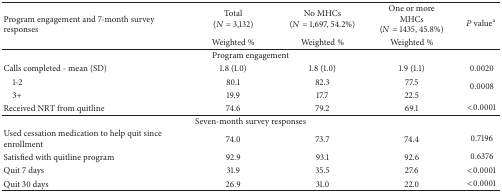
<table><thead><tr><td rowspan="2"><b>Program engagement and 7-month survey responses</b></td><td><b>Total(<i>N</i> = 3,132)</b></td><td><b>No MHCs(<i>N</i> = 1,697, 54.2%)</b></td><td><b>One or more MHCs(<i>N</i> = 1435, 45.8%)</b></td><td rowspan="2"><b><i>P</i> value<sup>a</sup></b></td></tr><tr><td><b>Weighted %</b></td><td><b>Weighted %</b></td><td><b>Weighted %</b></td></tr></thead><tbody><tr><td colspan="5">Program engagement</td></tr><tr><td>Calls completed - mean (SD)</td><td>1.8 (1.0)</td><td>1.8 (1.0)</td><td>1.9 (1.1)</td><td>0.0020</td></tr><tr><td> 1-2</td><td>80.1</td><td>82.3</td><td>77.5</td><td rowspan="2">0.0008</td></tr><tr><td> 3+</td><td>19.9</td><td>17.7</td><td>22.5</td></tr><tr><td>Received NRT from quitline</td><td>74.6</td><td>79.2</td><td>69.1</td><td>&lt;0.0001</td></tr><tr><td colspan="5">Seven-month survey responses</td></tr><tr><td>Used cessation medication to help quit since enrollment</td><td>74.0</td><td>73.7</td><td>74.4</td><td>0.7196</td></tr><tr><td>Satisfied with quitline program</td><td>92.9</td><td>93.1</td><td>92.6</td><td>0.6376</td></tr><tr><td>Quit 7 days</td><td>31.9 </td><td>35.5</td><td>27.6</td><td>&lt;0.0001</td></tr><tr><td>Quit 30 days</td><td>26.9</td><td>31.0</td><td>22.0</td><td>&lt;0.0001</td></tr></tbody></table>